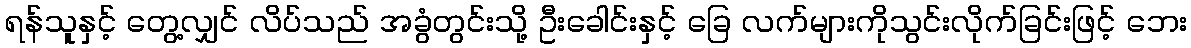
ရန်သူနှင့် တွေ့လျှင် လိပ်သည် အခွံတွင်းသို့ ဦးခေါင်းနှင့် ခြေ လက်များကိုသွင်းလိုက်ခြင်းဖြင့် ဘေး